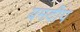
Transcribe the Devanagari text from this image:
यमदीप